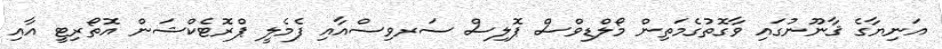
އަނިޔާގެ ޤާނޫނުގައި ވާގޮތުގެމަތިން މޯލްޑިވްސް ޕޮލިސް ސަރވިސްއާއި ފެމެލީ ޕްރޮޓެކްޝަން އޮތޯރިޓީ އާއި